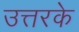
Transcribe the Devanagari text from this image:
उत्तरके